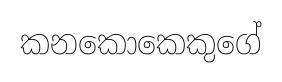
කනකොකෙකුගේ